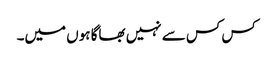
کس کس سے نہیں بھاگا ہوں میں۔